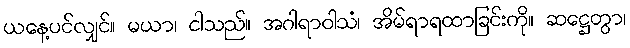
ယနေ့ပင်လျှင်။ မယာ၊ ငါသည်။ အဂါရာဝါသံ၊ အိမ်ရာရထာခြင်းကို။ ဆဋ္ဌေတွာ၊